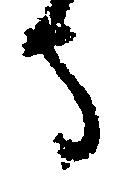
守